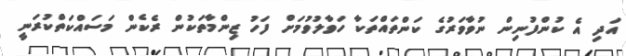
އަދި އެ ކުންފުނިން ނުވާވަރުގެ ކަންތައްތަކާ ހަވާލުވުމަށް ފަހު ޒިންމާތަކުން ރެކެން މަސައްކަތްކުރަނީ